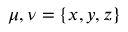
\mu , \nu = \{ x , y , z \}